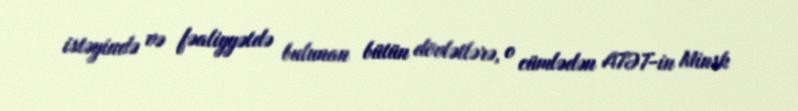
istəyində və fəaliyyətdə bulunan bütün dövlətlərə, o cümlədən ATƏT-in Minsk